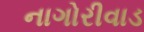
નાગોરીવાડ